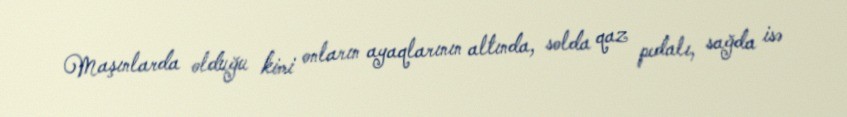
Maşınlarda olduğu kimi onların ayaqlarının altında, solda qaz pedalı, sağda isə